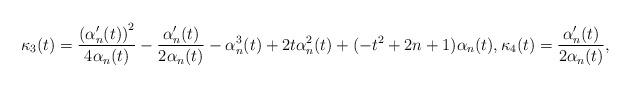
LaTeX: \begin{align*}\begin{aligned}\kappa_3(t)&=\frac{\left(\alpha_n'(t)\right)^2}{4\alpha_n(t)}-\frac{\alpha_n'(t)}{2\alpha_n(t)}-\alpha_n^3(t)+2t\alpha_n^2(t)+(-t^2+2n+1)\alpha_n(t),\kappa_4(t)=\frac{\alpha_n'(t)}{2\alpha_n(t)},\end{aligned}\end{align*}